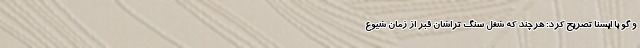
و گو با ایسنا تصریح کرد: هرچند که شغل سنگ تراشان قبر از زمان شیوع